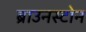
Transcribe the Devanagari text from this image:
ब्राउनस्टोन